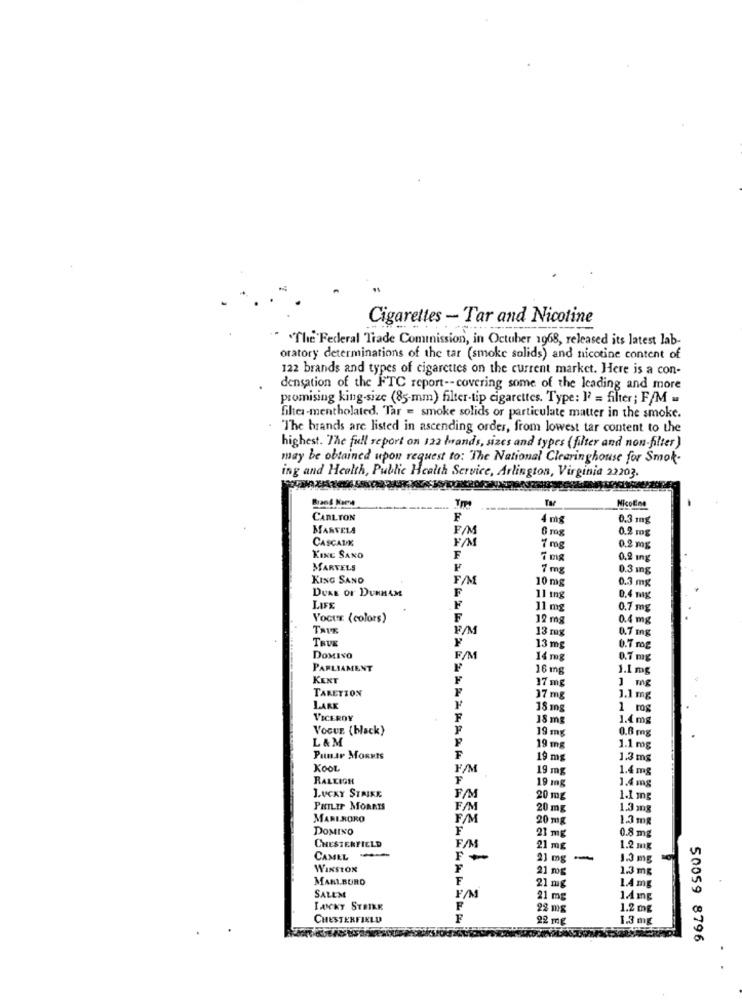
Cigarettes - Tar and Nicotine
"The Federal Trade Commission, in October 1968, released its latest lab-
oratory determinations of the tar (smoke solids) and nicotine content of
122 brands and types of cigarettes on the current market. Here is a con-
densation of the FTC report -- covering some of the leading and more
promising king-size (85-mm) filter-tip cigarettes. Type: I? = filter; F/M .
filter-mentholated. Tar = smoke solids or particulate matter in the smoke.
"The brands are listed in ascending order, from lowest tar content to the
highest. The full report on 122 brands, sizes and types (filter and non-filter)
may be obtained upon request to: The National Clearinghouse for Smok-
ing and Health, Public Health Service, Arlington, Virginia 22203.
Nicoline
CARLTON
F
4 mg
0.3 mg
MARVELA
F/M
6 mg
CASCADE
0.2 mg
7mg
0.2 mg
KINE SAND
F
0,2 ing
MARVELS
F
7 mg
0.3 mg
KING SAND
F/M
10 mg
0.3 mg
DUKE OF DUNHAM
F
LIFE
11 mg
0.4 mg
11 mg
0.7 mg
Vocux (colors)
F
12 mg
0.4 mg
F/M
0.7 mg
TRUE
13 mg
13 mg
0.7 mg
DOMINO
F/M
14 mg
0.7 mg
PARLIAMENT
16 mg
1.1 mg
KENT
17 mg
1 mg
TARETION
37 mg
1.1 mg
LARK
18 mg
1 rog
VICEROY
F
18 mg
1.4 mg
VOGUE. (black)
19 mg
0.6 mg
L&M
19 mg
1.1 mg
PunAr MORRIS
F
19 mg
1.3 mg
KOOL
F/M
19 mg
1.4 mg
RALEIGH
F
19 ing
1.4 mg
FM
LUCKY STRIKE
20 mg
1.1 mg
PHILIP MORRIS
F/M
20 mg
1.3 mg
MARIRORO
F/M
20 mg
1.3 mg
DOMINO
F
21 mg
0.8 mg
CHESTERFIELD
F/M
21 mg
1.2 mg
CANEL -
F +
23 mg
-
1.3 mg
WINSTON
F
21 mg
1.3 mg
MARLBORO
F
21 mg
1.4 mg
SALEM
F/M
21 mg
1/ mg
LANKY STRIKE
F
22 mg
1.2 mg
CHESTERFIELD
F
22 mg
1.3 mg
50059 8796